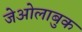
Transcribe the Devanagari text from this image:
जेओलाबुक